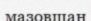
мазовшан